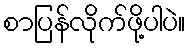
စာပြန်လိုက်ဖို့ပါပဲ။